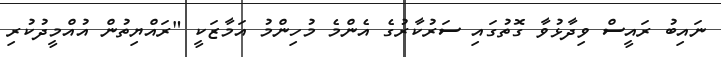
ނައިބު ރައީސް ވިދާޅުވާ ގޮތުގައި ސަރުކާރުގެ އެންމެ މުހިންމު އަމާޒަކީ "ރައްޔިތުން އުއްމީދުކުރި